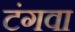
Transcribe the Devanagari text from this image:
टंगवा